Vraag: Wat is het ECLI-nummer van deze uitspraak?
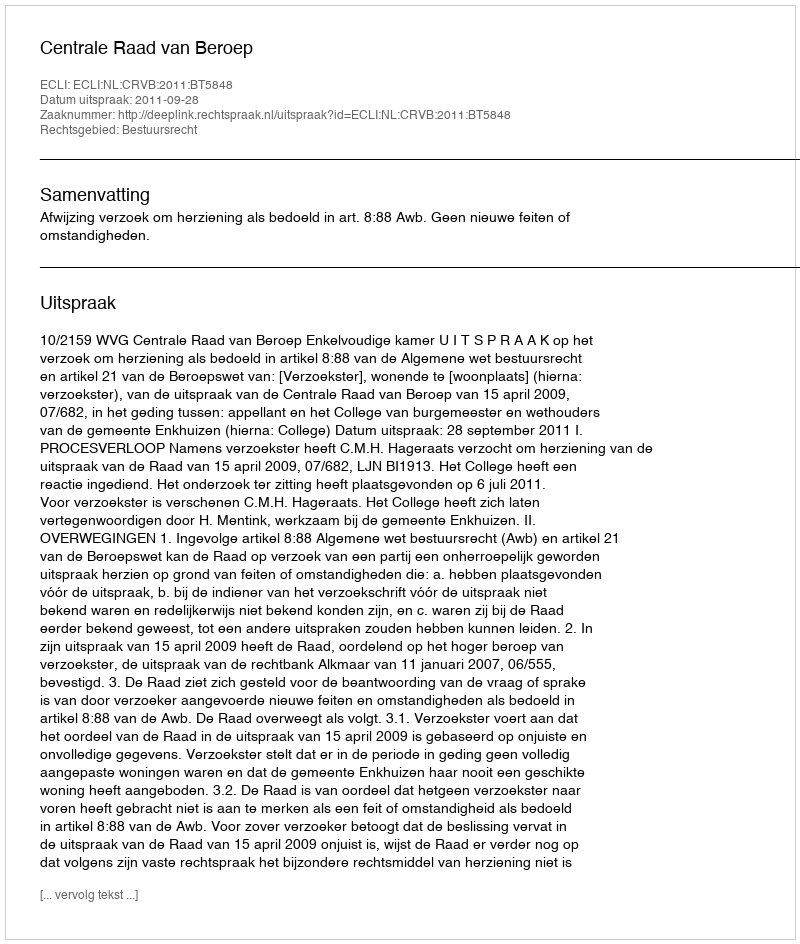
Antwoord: ECLI:NL:CRVB:2011:BT5848